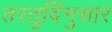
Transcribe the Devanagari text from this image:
तरतुदिंनुसार